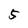
Character: 5